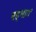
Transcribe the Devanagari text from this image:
षड्भागं